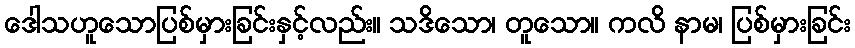
ဒေါသဟူသောပြစ်မှားခြင်းနှင့်လည်း။ သဒိသော၊ တူသော။ ကလိ နာမ၊ ပြစ်မှားခြင်း